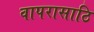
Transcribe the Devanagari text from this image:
वापरासाठि